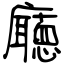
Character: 廰